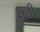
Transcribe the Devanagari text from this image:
झल्ली